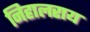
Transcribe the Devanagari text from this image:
निहालराय